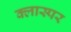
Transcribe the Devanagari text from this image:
क्लास्पर